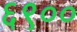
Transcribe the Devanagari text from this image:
६९००